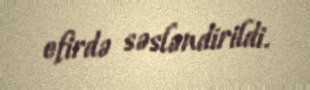
efirdə səsləndirildi.